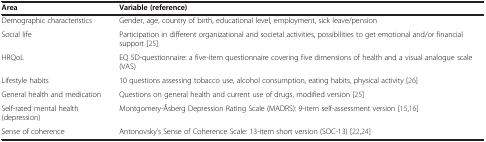
| Area | Variable (reference) |
 | --- | --- |
 | Demographic characteristics | Gender, age, country of birth, educational level, employment, sick leave/pension |
 | Social life | Participation in different organizational and societal activities, possibilities to get emotional and/or financial support [25] |
 | HRQoL | EQ 5D-questionnaire: a five-item questionnaire covering five dimensions of health and a visual analogue scale (VAS) |
 | Lifestyle habits | 10 questions assessing tobacco use, alcohol consumption, eating habits, physical activity [26] |
 | General health and medication | Questions on general health and current use of drugs, modified version [25] |
 | Self-rated mental health (depression) | Montgomery-Åsberg Depression Rating Scale (MADRS): 9-item self-assessment version [15,16] |
 | Sense of coherence | Antonovsky’s Sense of Coherence Scale: 13-item short version (SOC-13) [22,24] |